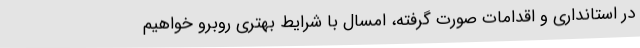
در استانداری و اقدامات صورت گرفته، امسال با شرایط بهتری روبرو خواهیم